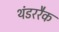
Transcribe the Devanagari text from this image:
थंडररैक